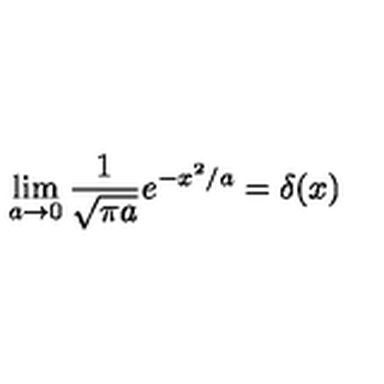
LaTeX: \lim _ { a \to 0 } \frac { 1 } { \sqrt { \pi a } } e ^ { - x ^ { 2 } / a } = \delta ( x )